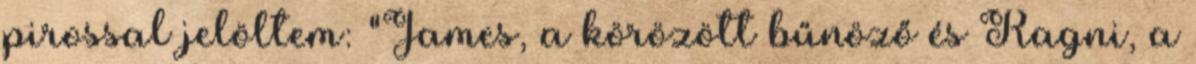
pirossal jelöltem: "James, a körözött bűnöző és Ragni, a